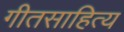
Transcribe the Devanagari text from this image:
गीतसाहित्य